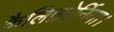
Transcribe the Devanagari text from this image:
कैलिफ़ोर्निया।